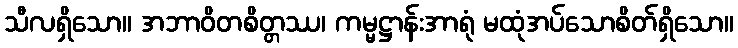
သီလရှိသော။ အဘာဝိတစိတ္တဿ၊ ကမ္မဋ္ဌာန်းအာရုံ မထုံအပ်သောစိတ်ရှိသော။